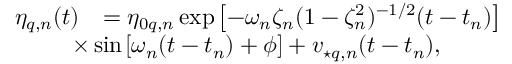
\begin{array} { r l } { \eta _ { q , n } ( t ) } & { = \eta _ { 0 q , n } \exp \! \; \! \left[ { - \omega _ { n } \zeta _ { n } ( 1 - \zeta _ { n } ^ { 2 } ) ^ { - 1 / 2 } ( t - t _ { n } ) } \right] } \\ & { \! \! \! \! \! \! \! \! \times \sin \! \; \! \left[ \omega _ { n } ( t - t _ { n } ) + \phi \right] + v _ { \star q , n } ( t - t _ { n } ) , } \end{array}